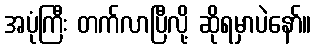
အပုံကြီး တက်လာပြီလို့ ဆိုရမှာပဲနော်။